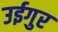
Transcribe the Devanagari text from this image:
उईगुर